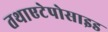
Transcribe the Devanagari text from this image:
तथाएटेपोसाइड